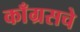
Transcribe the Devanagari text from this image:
काँग्रसचे